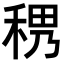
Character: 𥟄